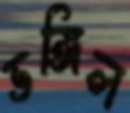
ভঙ্গিল